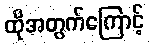
ထိုအတွက်ကြောင့်